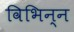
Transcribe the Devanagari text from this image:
विभिन्न